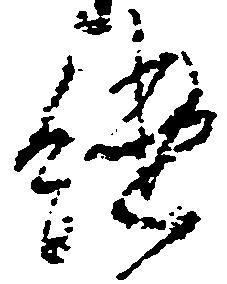
継